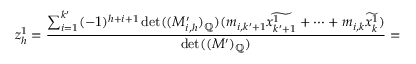
z _ { h } ^ { 1 } = \frac { \sum _ { i = 1 } ^ { k ^ { \prime } } ( - 1 ) ^ { h + i + 1 } \operatorname* { d e t } ( ( M _ { i , h } ^ { \prime } ) _ { \mathbb { Q } } ) ( m _ { i , k ^ { \prime } + 1 } \widetilde { x _ { k ^ { \prime } + 1 } ^ { 1 } } + \dots + m _ { i , k } \widetilde { x _ { k } ^ { 1 } } ) } { \operatorname* { d e t } ( ( M ^ { \prime } ) _ { \mathbb { Q } } ) } =